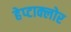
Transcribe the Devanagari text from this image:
हेप्‍टाक्‍लोर